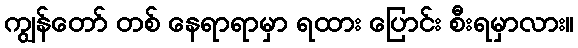
ကျွန်တော် တစ် နေရာရာမှာ ရထား ပြောင်း စီးရမှာလား။